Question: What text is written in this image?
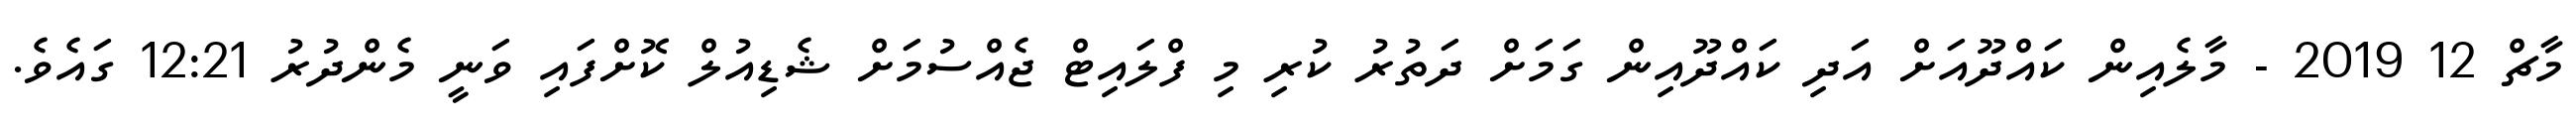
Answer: މާޗް 12 2019 - މާލެއިން ކައްދޫއަށް އަދި ކައްދޫއިން ގަމަށް ދަތުރު ކުރި މި ފްލައިޓް ޖެއްސުމަށް ޝެޑިއުލް ކޮށްފައި ވަނީ މެންދުރު 12:21 ގައެވެ.